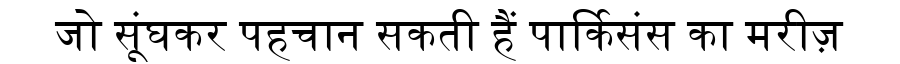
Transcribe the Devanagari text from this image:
जो सूंघकर पहचान सकती हैं पार्किसंस का मरीज़